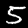
Label: 5